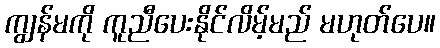
ကျွန်မကို ကူညီပေးနိုင်လိမ့်မည် မဟုတ်ပေ။